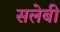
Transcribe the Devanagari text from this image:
सलेबी